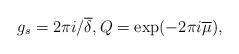
LaTeX: \begin{align*} g_s=2 \pi i / \overline\delta, Q=\exp(-2\pi i \overline\mu),\end{align*}